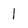
Character: 1